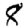
Digit: 8